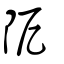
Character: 阸